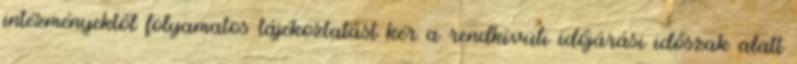
intézményektől folyamatos tájékoztatást kér a rendkívüli időjárási időszak alatt